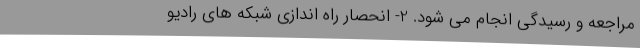
مراجعه و رسیدگی انجام می شود. 2- انحصار راه اندازی شبکه های رادیو